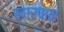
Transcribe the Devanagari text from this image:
खारपान